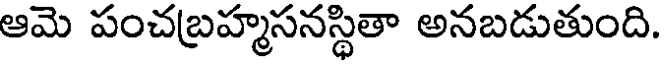
ఆమె పంచబ్రహ్మసనస్థితా అనబడుతుంది.